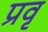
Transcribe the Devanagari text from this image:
प्रवृ